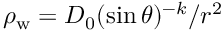
\rho _ { \mathrm { w } } = D _ { 0 } ( \sin \theta ) ^ { - k } / r ^ { 2 }